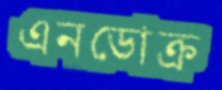
এনডোক্র